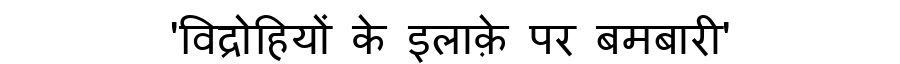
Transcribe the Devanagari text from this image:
'विद्रोहियों के इलाक़े पर बमबारी'